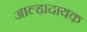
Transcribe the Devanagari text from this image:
आल्हादायक